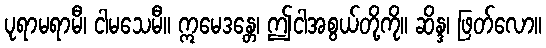
ပုရာမရာမီ၊ ငါမသေမီ။ ဣမေဒန္တေ၊ ဤငါအစွယ်တို့ကို။ ဆိန္ဒ၊ ဖြတ်လော။